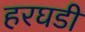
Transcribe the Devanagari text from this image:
हरघडी